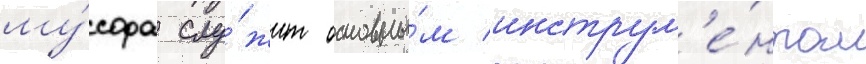
му́сора слу́жит основны́м инструм'е́нтом